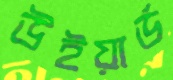
উইয়ার্ড